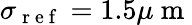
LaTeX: \sigma_{\mathrm{~r~e~f~}}=1.5\mu\mathrm{~m~}